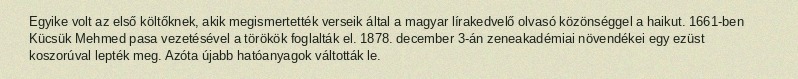
Egyike volt az első költőknek, akik megismertették verseik által a magyar lírakedvelő olvasó közönséggel a haikut. 1661-ben Kücsük Mehmed pasa vezetésével a törökök foglalták el. 1878. december 3-án zeneakadémiai növendékei egy ezüst koszorúval lepték meg. Azóta újabb hatóanyagok váltották le.